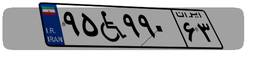
۹۵W۹۹۰۶۳